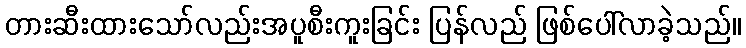
တားဆီးထားသော်လည်းအပူစီးကူးခြင်း ပြန်လည် ဖြစ်ပေါ်လာခဲ့သည်။